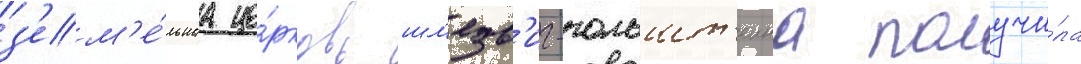
з'ем'е́льнаа це́рковь шл'езв'иг-гольшт'еина получи́ла